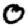
Digit: 0